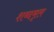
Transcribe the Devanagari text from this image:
शब्दमृल